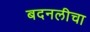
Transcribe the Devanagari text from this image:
बदनलीचा